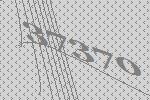
37370